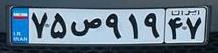
۷۵ص۹۱۹۴۷